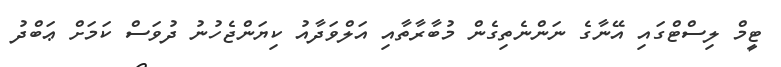
ޓީމް ލިސްޓްގައި އޭނާގެ ނަންނެތިގެން މުބާރާތާއި އަލްވަދާއު ކިޔަންޖެހުނު ދުވަސް ކަމަށް ޢަބްދު